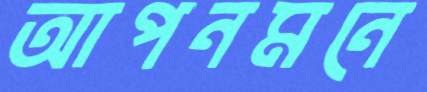
আপনমনে